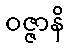
ဝဇ္ဇာနိ